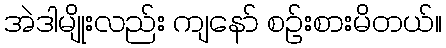
အဲဒါမျိုးလည်း ကျနော် စဉ်းစားမိတယ်။